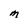
Character: M